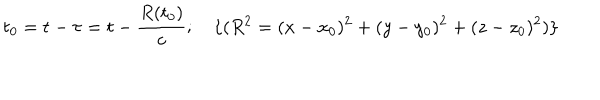
t _ { 0 } = t - \tau = t - \frac { R ( t _ { 0 } ) } { c } ; \quad \{ ( R ^ { 2 } = ( x - x _ { 0 } ) ^ { 2 } + ( y - y _ { 0 } ) ^ { 2 } + ( z - z _ { 0 } ) ^ { 2 } ) \}